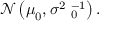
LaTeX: { \mathcal { N } } \left( { \boldsymbol { \mu } } _ { 0 } , \sigma ^ { 2 } \mathbf { \Lambda } _ { 0 } ^ { - 1 } \right) .